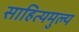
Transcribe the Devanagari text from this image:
साहित्यमुल्य